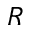
R